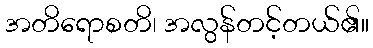
အတိရောစတိ၊ အလွန်တင့်တယ်၏။